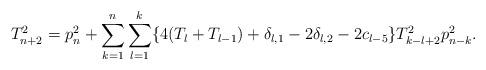
LaTeX: \begin{align*}T_{n+2}^2=p_n^2+\sum_{k=1}^n\sum_{l=1}^k\{4(T_l+T_{l-1})+\delta_{l,1}-2\delta_{l,2}-2c_{l-5}\}T_{k-l+2}^2p_{n-k}^2.\end{align*}